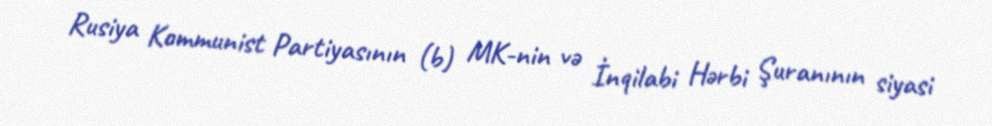
Rusiya Kommunist Partiyasının (b) MK-nin və İnqilabi Hərbi Şuranının siyasi